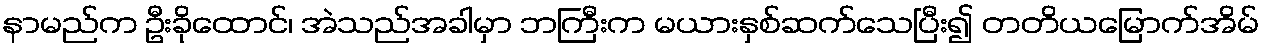
နာမည်က ဦးခိုထောင်၊ အဲသည်အခါမှာ ဘကြီးက မယားနှစ်ဆက်သေပြီး၍ တတိယမြောက်အိမ်